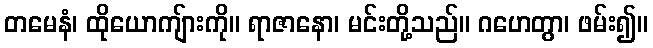
တမေနံ၊ ထိုယောကျ်ားကို။ ရာဇာနော၊ မင်းတို့သည်။ ဂဟေတွာ၊ ဖမ်း၍။